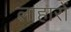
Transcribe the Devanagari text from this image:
लाहारों